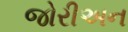
જોરીઅન